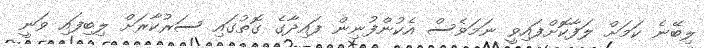
ލިބޭނެ ކަމަށް ލަފާކޮށްފައިވީ ނަމަވެސް އެކުންފުނިން ފައިދާގެ ގޮތުގައި ސަރުކާރަށް ލިބިފައި ވަނީ